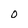
Character: O